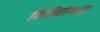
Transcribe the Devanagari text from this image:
तित्तिरीगति